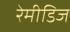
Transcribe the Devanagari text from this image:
रेमीडिज